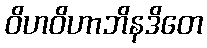
ဝိဟဝိဟာဘိနဒိတေ